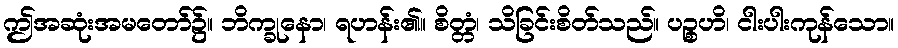
ဤအဆုံးအမတော်၌။ ဘိက္ခုနော၊ ရဟန်း၏။ စိတ္တံ၊ သိခြင်းစိတ်သည်။ ပဉ္စဟိ၊ ငါးပါးကုန်သော။